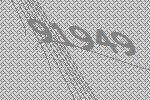
91949